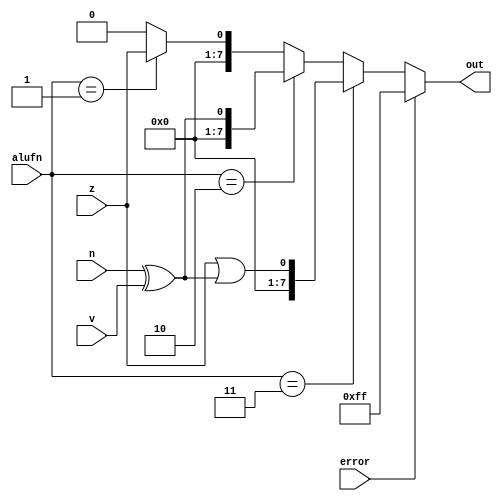
/*
   This file was generated automatically by the Mojo IDE version B1.3.6.
   Do not edit this file directly. Instead edit the original Lucid source.
   This is a temporary file and any changes made to it will be destroyed.
*/

module comparator_5 (
    input z,
    input n,
    input v,
    input [1:0] alufn,
    output reg [7:0] out,
    input error
  );
  
  
  
  always @* begin
    out = 1'h0;
    if (alufn == 2'h1) begin
      out = z;
    end
    if (alufn == 2'h2) begin
      out = n ^ v;
    end
    if (alufn == 2'h3) begin
      out = z | (n ^ v);
    end
    if (error) begin
      out = 8'hff;
    end
  end
endmodule